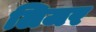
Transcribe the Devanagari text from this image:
लिजर